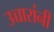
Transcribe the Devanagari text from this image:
उच्चारांनी